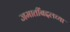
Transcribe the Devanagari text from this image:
जमातींबद्दलच्या